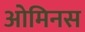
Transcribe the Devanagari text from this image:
ओमिनस